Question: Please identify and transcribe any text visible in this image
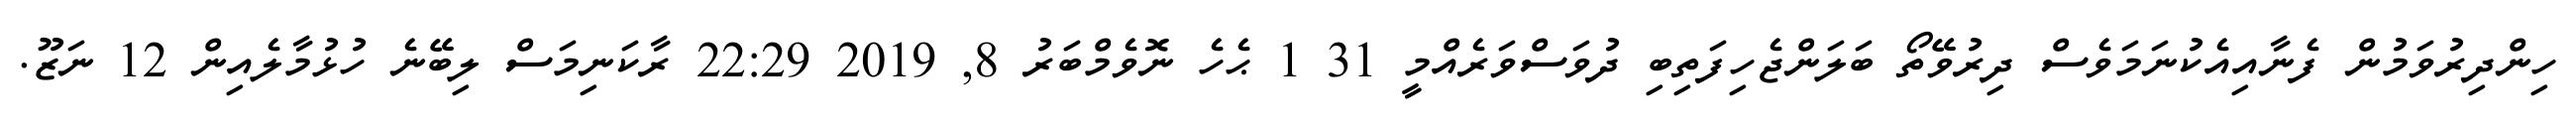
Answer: ހިންދިރުވަމުން ފެނާއިއެކުނަމަވެސް ދިރުވޭތޯ ބަލަންޖެހިފަތިބި ދުވަސްވަރެއްމީ 31 1 ޙެހެ ނޮވެމްބަރު 8, 2019 22:29 ރާކަނިމަސް ލިބޭނެ ހުޅުމާލެއިން 12 ނަޒޫ.